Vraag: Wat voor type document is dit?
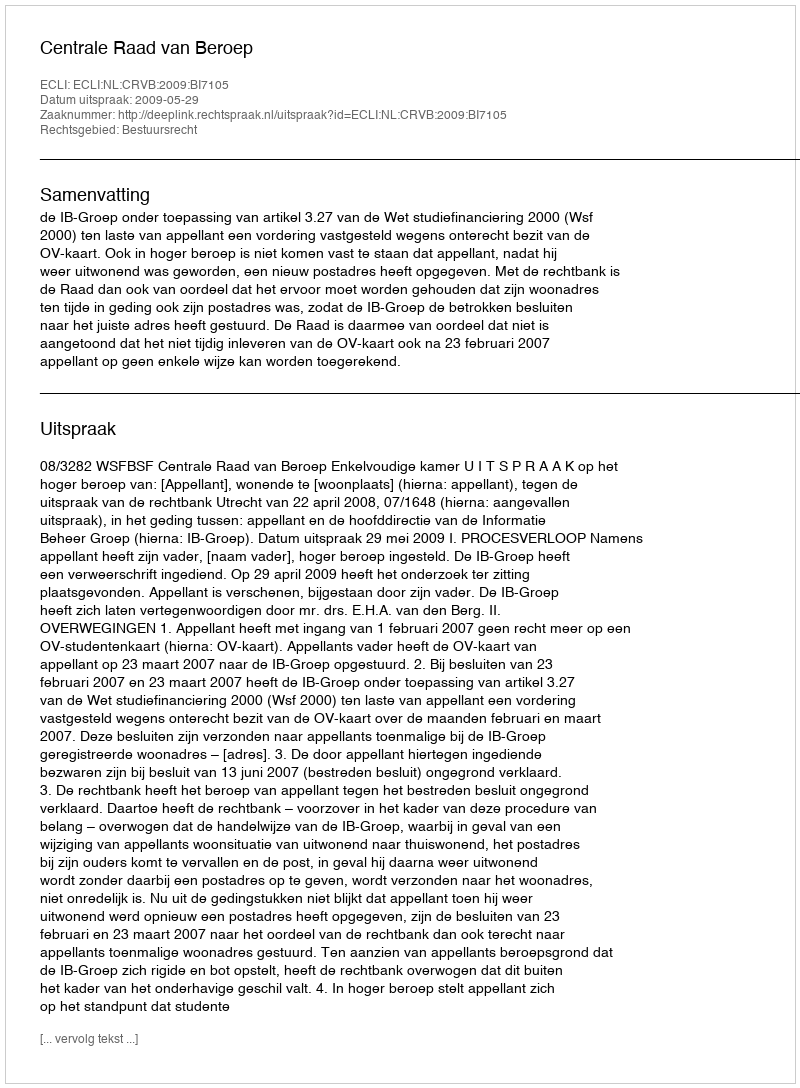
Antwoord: Uitspraak